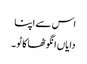
اس سے اپنا
دایاں انگوٹھا کاٹو ۔